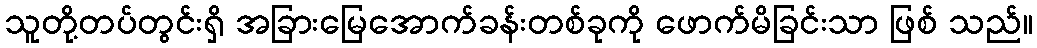
သူတို့တပ်တွင်းရှိ အခြားမြေအောက်ခန်းတစ်ခုကို ဖောက်မိခြင်းသာ ဖြစ် သည်။